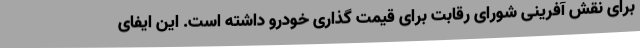
برای نقش آفرینی شورای رقابت برای قیمت گذاری خودرو داشته است. این ایفای